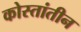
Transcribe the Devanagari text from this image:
कोस्तांतीन